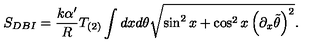
S _ { D B I } = \frac { k \alpha ^ { \prime } } { R } T _ { ( 2 ) } \int d x d \theta \sqrt { \sin ^ { 2 } x + \cos ^ { 2 } x \left( \partial _ { x } \tilde { \theta } \right) ^ { 2 } } .